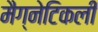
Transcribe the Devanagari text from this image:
मैग्नेटिकली